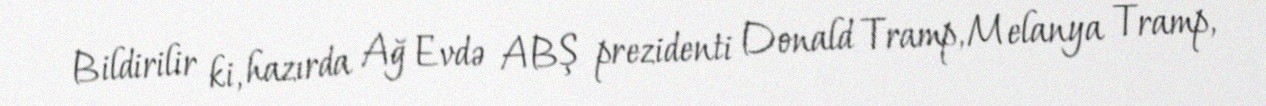
Bildirilir ki, hazırda Ağ Evdə ABŞ prezidenti Donald Tramp, Melanya Tramp,